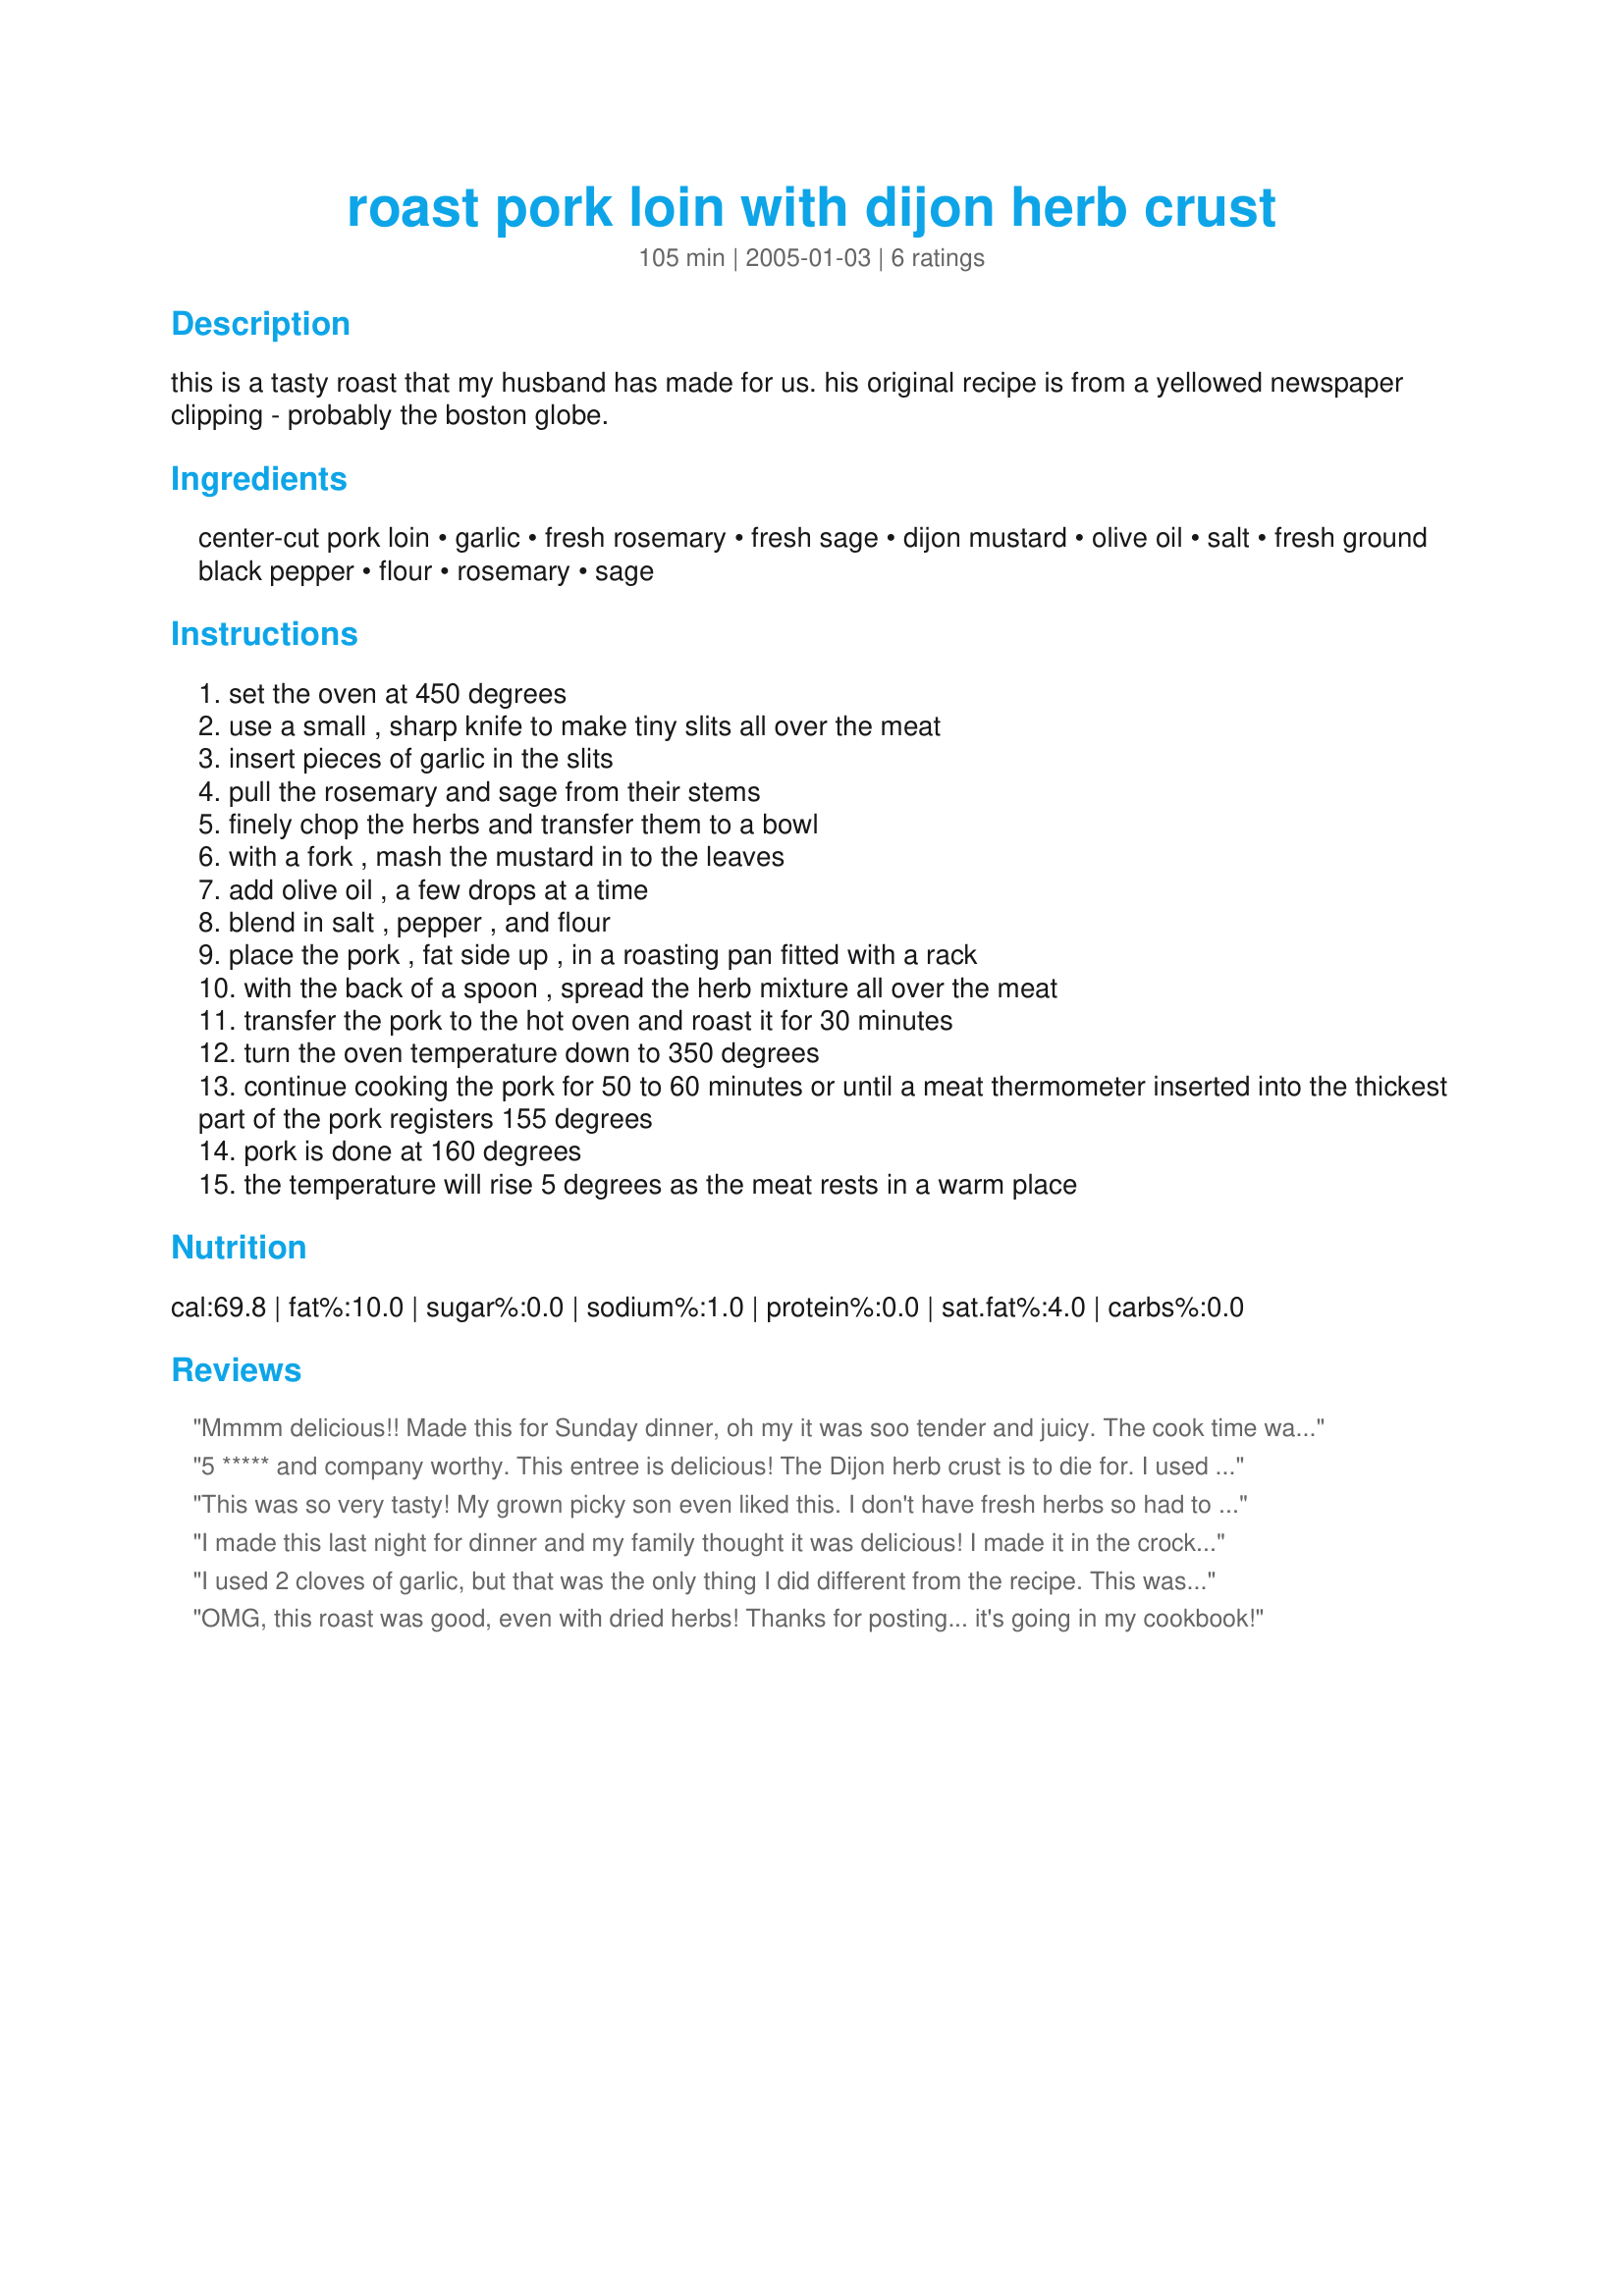
roast pork loin with dijon herb crust
Preparation time: 105 minutes

this is a tasty roast that my husband has made for us. his original recipe is from a yellowed newspaper clipping - probably the boston globe.

Ingredients:
center-cut pork loin, garlic, fresh rosemary, fresh sage, dijon mustard, olive oil, salt, fresh ground black pepper, flour, rosemary, sage

Steps:
set the oven at 450 degrees
use a small , sharp knife to make tiny slits all over the meat
insert pieces of garlic in the slits
pull the rosemary and sage from their stems
finely chop the herbs and transfer them to a bowl
with a fork , mash the mustard in to the leaves
add olive oil , a few drops at a time
blend in salt , pepper , and flour
place the pork , fat side up , in a roasting pan fitted with a rack
with the back of a spoon , spread the herb mixture all over the meat
transfer the pork to the hot oven and roast it for 30 minutes
turn the oven temperature down to 350 degrees
continue cooking the pork for 50 to 60 minutes or until a meat thermometer inserted into the thickest part of the pork registers 155 degrees
pork is done at 160 degrees
the temperature will rise 5 degrees as the meat rests in a warm place

Reviews:
Mmmm delicious!! Made this for Sunday dinner, oh my it was soo tender and juicy. The cook time was perfect, the crust got lovely and crisp and the inards were juicy and cooked through perfectly. Loved the rosemary, sage and dejon together, wonderful taste and of course the garlic, perfect. Thanks for sharing we will be making this one again!!
5 ***** and company worthy. This entree is delicious! The Dijon herb crust is to die for. I used a 2# roast but the full amount of herb crust. The timing (using a meat thermometer) is spot on. I served with Potatoes Grandmere, sauteed green beans w/ a spot of bacon grease and garlic. YUM! Thanks for posting Mermaidmagic!
This was so very tasty! My grown picky son even liked this. I don't have fresh herbs so had to use dry herbs still was very good. Don't have a roast rack/pan just placed meat on carrots and onions and garlic. Meat was tender and moist and oh so good. Thanks for posting this recipe. We will definitely make this again and again.
I made this last night for dinner and my family thought it was delicious! I made it in the crock pot so when I got home from work it smelled marvelous. Just mixed all the ingredients together into a paste and spread it over the roast. Yummy!
I used 2 cloves of garlic, but that was the only thing I did different from the recipe. This was fabulous! Will definitely make again!
OMG, this roast was good, even with dried herbs! Thanks for posting... it's going in my cookbook!
